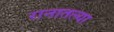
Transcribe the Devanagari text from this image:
रानातल्या